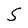
Character: S